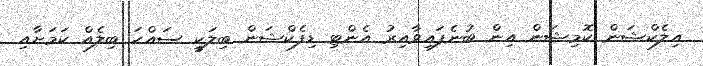
އިލެކްޝަން ކޮމިޝަން އިން ބުނެފައިވާއިރު އެންޓި ޑިފެކްޝަން ބިލަކީ ސައްހަ ބިލެއް ކަމަށާއި